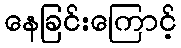
နေခြင်းကြောင့်